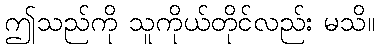
ဤသည်ကို သူကိုယ်တိုင်လည်း မသိ။